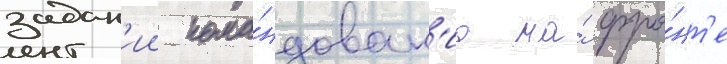
задан'ии кома́ндован'иа на́ фро́нт'е